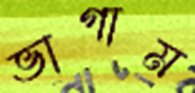
ভাগাম